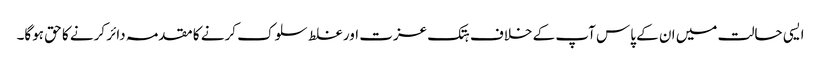
ایسی حالت میں ان کے پاس آپ کے خلاف ہتک عزت اور غلط سلوک کرنے کا مقدمہ دائر کرنے کا حق ہوگا۔